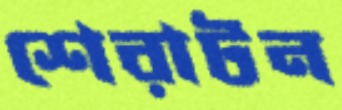
শেরাটন